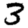
Digit: 3